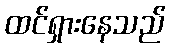
ထင်ရှားနေသည်